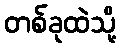
တစ်ခုထဲသို့